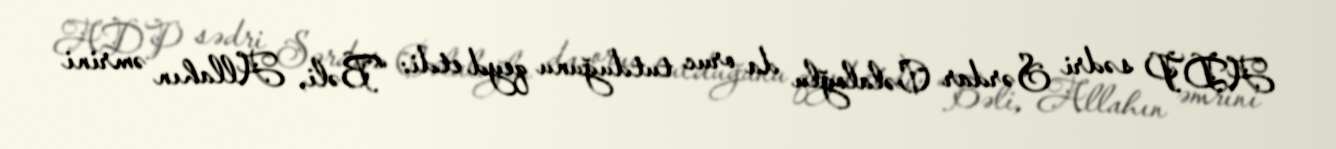
ADP sədri Sərdar Cəlaloğlu da oruc tutduğunu qeyd etdi: “Bəli, Allahın əmrini